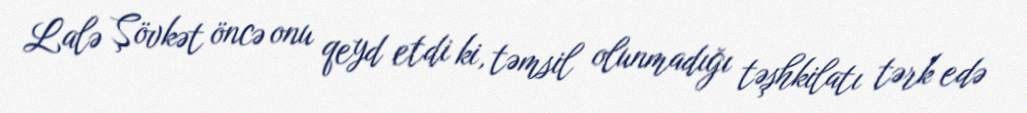
Lalə Şövkət öncə onu qeyd etdi ki, təmsil olunmadığı təşhkilatı tərk edə